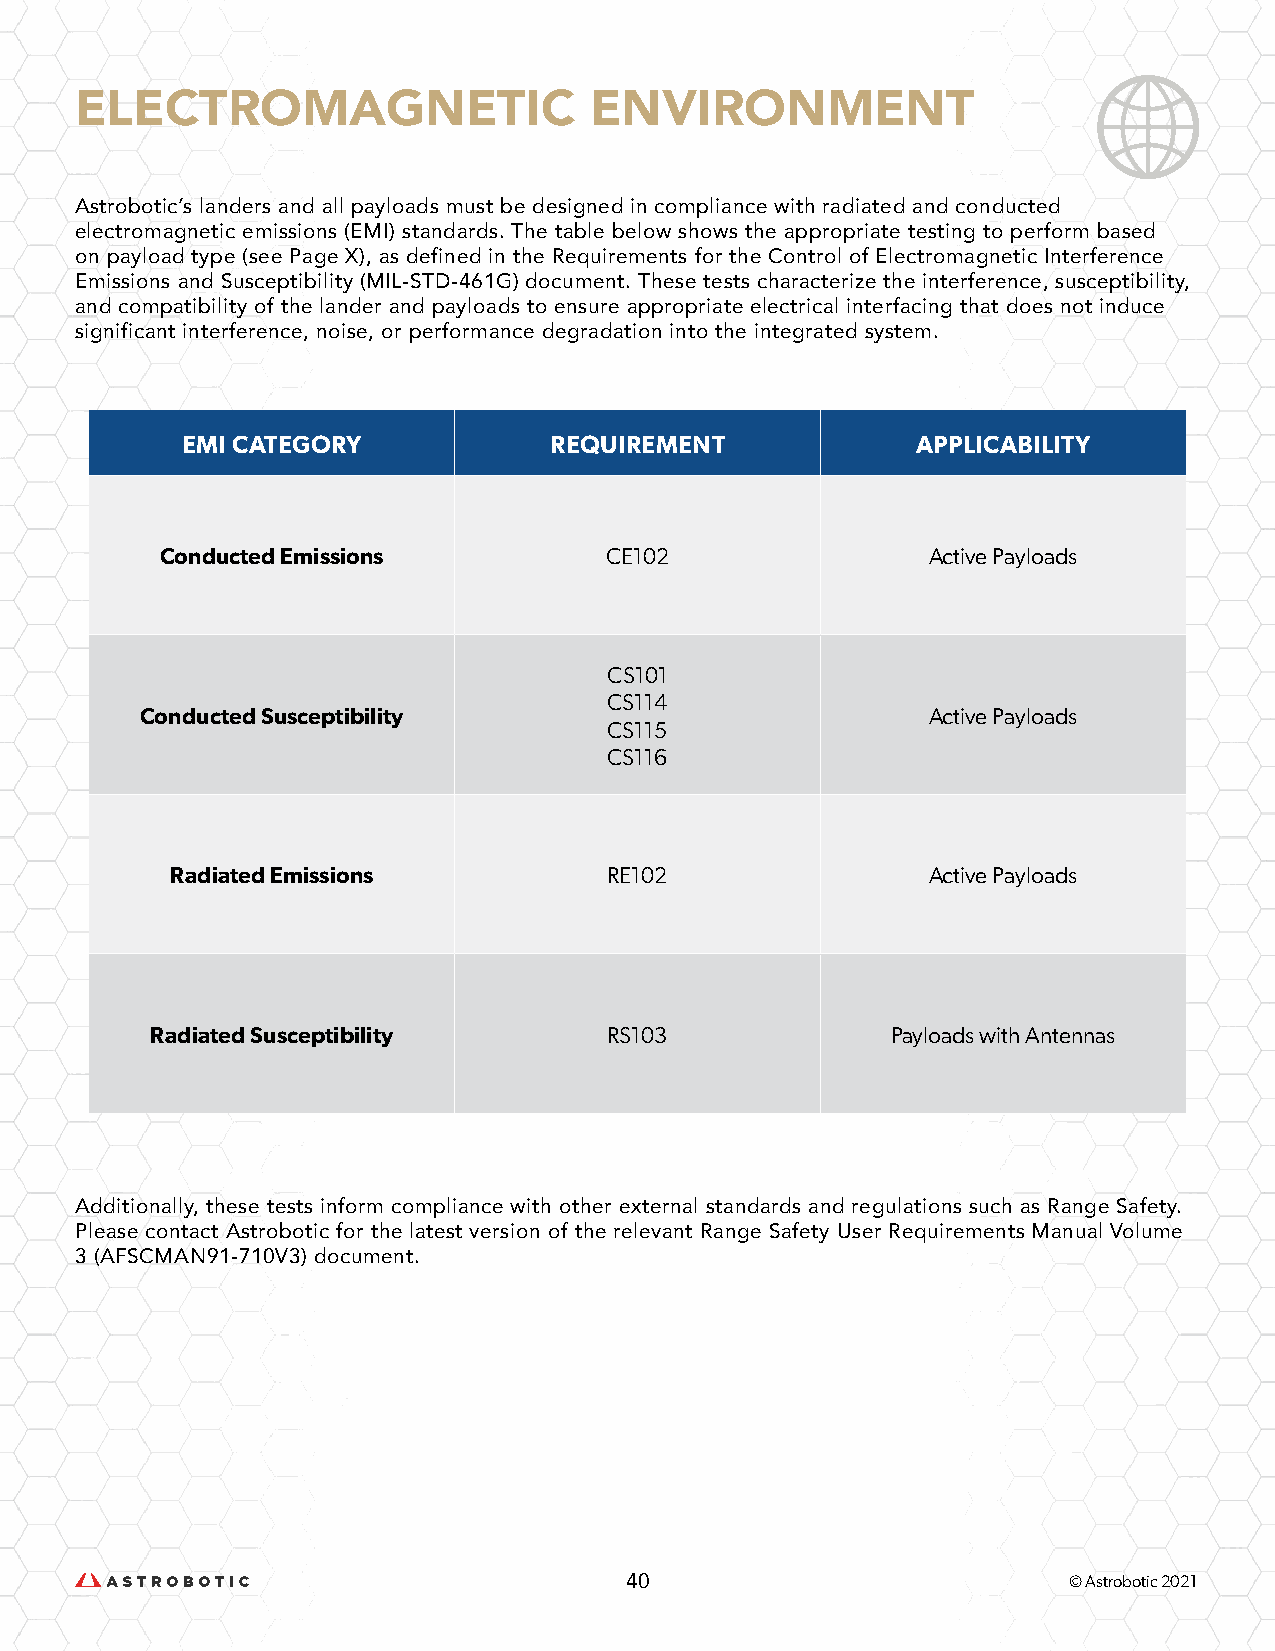
ELECTROMAGNETIC                   ENVIRONMENT
 Astrobotic’s landers and all payloads must be designed in compliance with radiated and conducted
 electromagnetic emissions (EMI) standards. The table below shows the appropriate testing to perform based
 on payload type (see Page X), as defined in the Requirements for the Control of Electromagnetic Interference
 Emissions and Susceptibility (MIL-STD-461G) document. These tests characterize the interference, susceptibility,
 and compatibility of the lander and payloads to ensure appropriate electrical interfacing that does not induce
 significant interference, noise, or performance degradation into the integrated system.
 EMI CATEGORY            REQUIREMENT              APPLICABILITY
 Conducted Emissions          CE102                Active Payloads
 CS101
 CS114
 Conducted Susceptibility                            Active Payloads
 CS115
 CS116
 Radiated Emissions           RE102                Active Payloads
 Radiated Susceptibility       RS103              Payloads with Antennas
 Additionally, these tests inform compliance with other external standards and regulations such as Range Safety.
 Please contact Astrobotic for the latest version of the relevant Range Safety User Requirements Manual Volume
 3 (AFSCMAN91-710V3) document.
 40                            © Astrobotic 2021